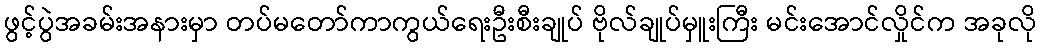
ဖွင့်ပွဲအခမ်းအနားမှာ တပ်မတော်ကာကွယ်ရေးဦးစီးချုပ် ဗိုလ်ချုပ်မှူးကြီး မင်းအောင်လှိုင်က အခုလို